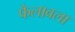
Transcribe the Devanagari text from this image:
फैलावला